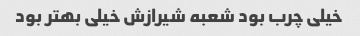
خیلی چرب بود شعبه شیرازش خیلی بهتر بود